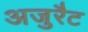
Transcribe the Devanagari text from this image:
अजुरैट